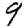
Digit: 9